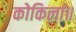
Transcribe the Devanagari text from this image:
कोकिला॥